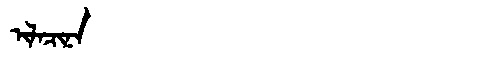
Manchu: ᡳᠯᠠᠴᡳᠨᠠ
Romanization: ILACINA